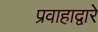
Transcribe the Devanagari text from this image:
प्रवाहाद्वारे